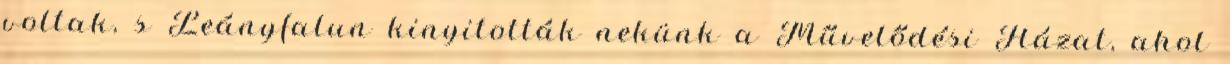
voltak, s Leányfalun kinyitották nekünk a Művelődési Házat, ahol